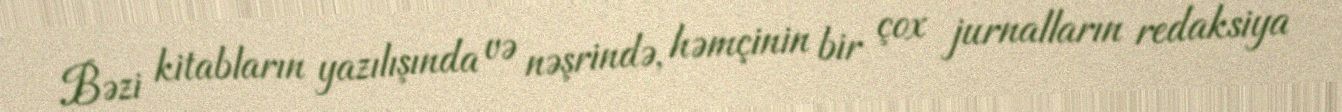
Bəzi kitabların yazılışında və nəşrində, həmçinin bir çox jurnalların redaksiya